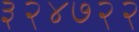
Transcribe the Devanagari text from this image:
३२४७२२